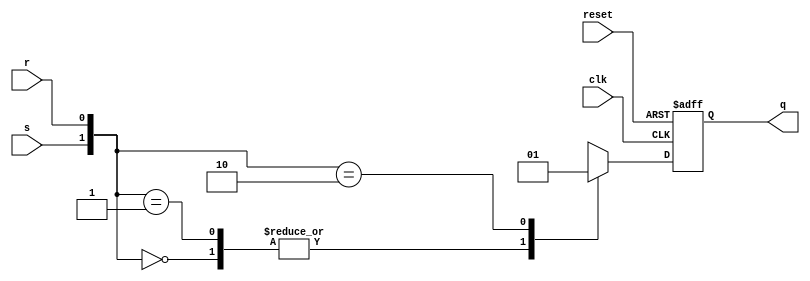
`timescale 1ns / 1ps
//////////////////////////////////////////////////////////////////////////////////
// Company: 
// Engineer: 
// 
// Design Name: 
// Module Name: SR_FLIPFLOP_ASY
// Project Name: 
// Target Devices: 
// Tool Versions: 
// Description: 
// 
// Dependencies: 
// 
// Revision:
// Revision 0.01 - File Created
// Additional Comments:
// 
//////////////////////////////////////////////////////////////////////////////////


module SR_FLIPFLOP_ASY( input clk,input reset,input s,input r,output reg q );

always@(posedge clk or posedge reset)begin
if(reset)begin
  q <=1'b0;
 end else begin
 case({s,r})
    2'b00: q <= 1'b0; 
    2'b01: q<= 1'b0;
    2'b10: q<= 1'b1;
    2'b11: q<= 1'bx;
    endcase
    end
 end    
 endmodule